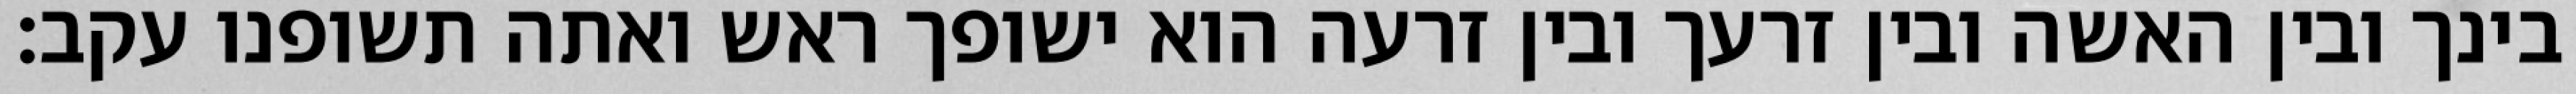
בינך ובין האשה ובין זרעך ובין זרעה הוא ישופך ראש ואתה תשופנו עקב׃